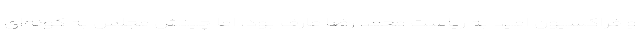
و فراكسیون امید به ریاست محمد رضا عارف بود، اما چینش مجلس به گونه‌ای